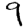
Digit: 9